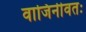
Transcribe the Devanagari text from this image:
वाजिनीवतः